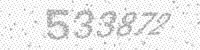
Solution: 533872